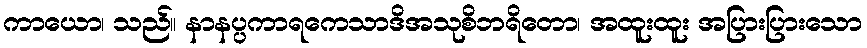
ကာယော၊ သည်။ နာနပ္ပကာရကေသာဒိအသုစိဘရိတော၊ အထူးထူး အပြားပြားသော